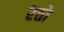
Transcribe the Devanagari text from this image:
रेतो